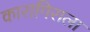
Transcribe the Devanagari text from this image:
कारागिराला